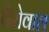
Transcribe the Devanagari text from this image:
वैरोवाल